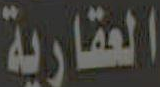
العقارية